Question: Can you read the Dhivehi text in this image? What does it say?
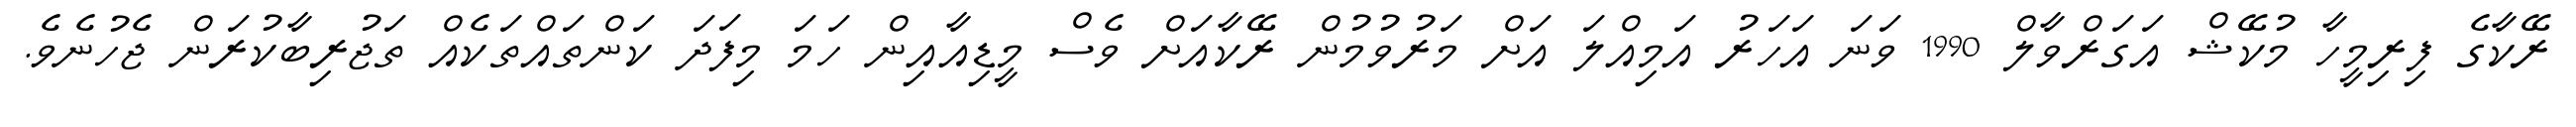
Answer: ރޭކާގެ ފިރިމީހާ މުކޭޝް އަގަރްވާލް 1990 ވަނަ އަހަރު އަމިއްލަ އަށް މަރުވުމުން ރޭކާއަށް ވެސް މީޑިއާއިން ހަމަ މިފަދަ ކަންތައްތަކެއް ތަޖުރިބާކުރަން ޖެހުނެވެ.